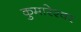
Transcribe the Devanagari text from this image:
कुमारेश्वर